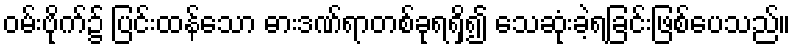
ဝမ်းဗိုက်၌ ပြင်းထန်သော ဓားဒဏ်ရာတစ်ခုရရှိ၍ သေဆုံးခဲ့ရခြင်းဖြစ်ပေသည်။